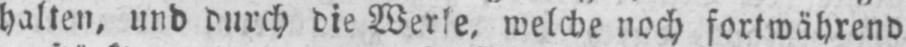
halten, und durch die Werke, welche noch fortwährend